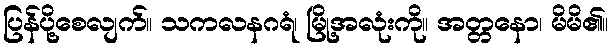
ပြန်ပို့စေလျက်။ သကလနဂရံ၊ မြို့အလုံးကို။ အတ္တနော၊ မိမိ၏။